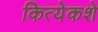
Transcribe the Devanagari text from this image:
कित्येकशे